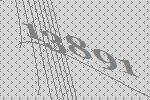
13891